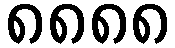
၈၈၈၈